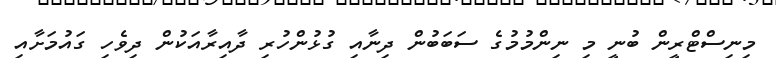
މިނިސްޓްރީން ބުނީ މި ނިންމުމުގެ ސަބަބުން ދިނާއި ގުޅުންހުރި ދާއިރާއަކުން ދިވެހި ގައުމަށާއި